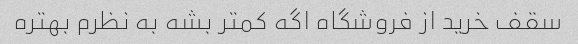
سقف خرید از فروشگاه اگه کمتر بشه به نظرم بهتره